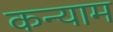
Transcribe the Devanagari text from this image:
कन्याम